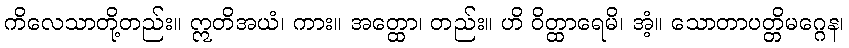
ကိလေသာတို့တည်း။ ဣတိအယံ၊ ကား။ အတ္ထော၊ တည်း။ ဟိ ဝိတ္ထာရေမိ၊ အံ့။ သောတာပတ္တိမဂ္ဂေန၊